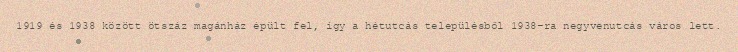
1919 és 1938 között ötszáz magánház épült fel, így a hétutcás településből 1938-ra negyvenutcás város lett.